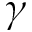
\gamma